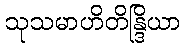
သုသမာဟိတိန္ဒြိယာ